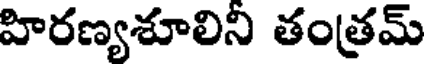
హిరణ్యశూలిని తంత్రమ్